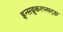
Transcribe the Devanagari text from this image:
इन्सब्रुकरप्लाट्झ